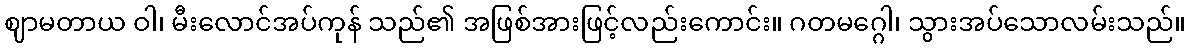
ဈာမတာယ ဝါ၊ မီးလောင်အပ်ကုန် သည်၏ အဖြစ်အားဖြင့်လည်းကောင်း။ ဂတမဂ္ဂေါ၊ သွားအပ်သောလမ်းသည်။